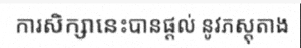
ការសិក្សានេះបានផ្តល់ នូវភស្តុតាង